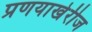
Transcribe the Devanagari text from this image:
प्रणयाखेरीज